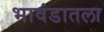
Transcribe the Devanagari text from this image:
भावंडातला